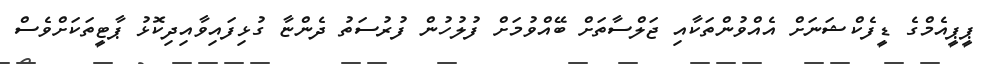
ޕީޕީއެމްގެ ޑީފެކްޝަނަށް އެއްވުންތަކާއި ޖަލްސާތަށް ބޭއްވުމަށް ފުލުހުން ފުރުސަތު ދެންޏާ ގުޅިފައިވާއިދިކޮޅު ޕާޓީތަކަށްވެސް